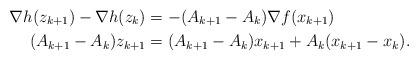
LaTeX: \begin{align*}\nabla h(z_{k+1}) - \nabla h(z_k) &= -(A_{k+1}-A_k) \nabla f(x_{k+1})\\( A_{k+1} - A_k)z_{k+1} &= ( A_{k+1} - A_k) x_{k+1} + A_{k}(x_{k+1} - x_k) .\end{align*}